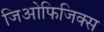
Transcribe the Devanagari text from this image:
जिओफिजिक्स